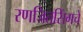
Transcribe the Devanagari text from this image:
रणजितसिंगचे